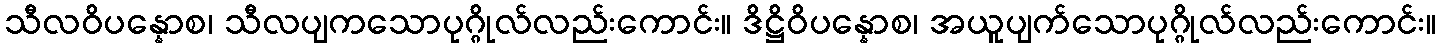
သီလဝိပန္နောစ၊ သီလပျကသောပုဂ္ဂိုလ်လည်းကောင်း။ ဒိဋ္ဌိဝိပန္နောစ၊ အယူပျက်သောပုဂ္ဂိုလ်လည်းကောင်း။